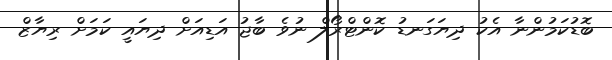
ބޮޑުކަމުންނާ އެކު ދިޔަގަނޑު ކޮންޓްރޯލް ނުވެ ބާޖު އަޑިއަށް ދިޔައީ ކަމަށް ރިޔާޒް